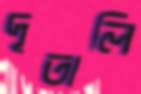
দূতালি